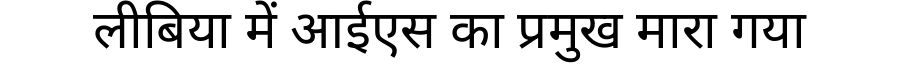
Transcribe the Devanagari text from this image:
लीबिया में आईएस का प्रमुख मारा गया